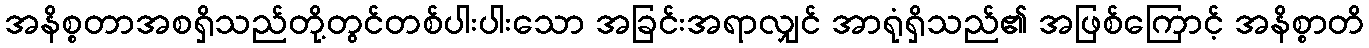
အနိစ္စတာအစရှိသည်တို့တွင်တစ်ပါးပါးသော အခြင်းအရာလျှင် အာရုံရှိသည်၏ အဖြစ်ကြောင့် အနိစ္စာတိ